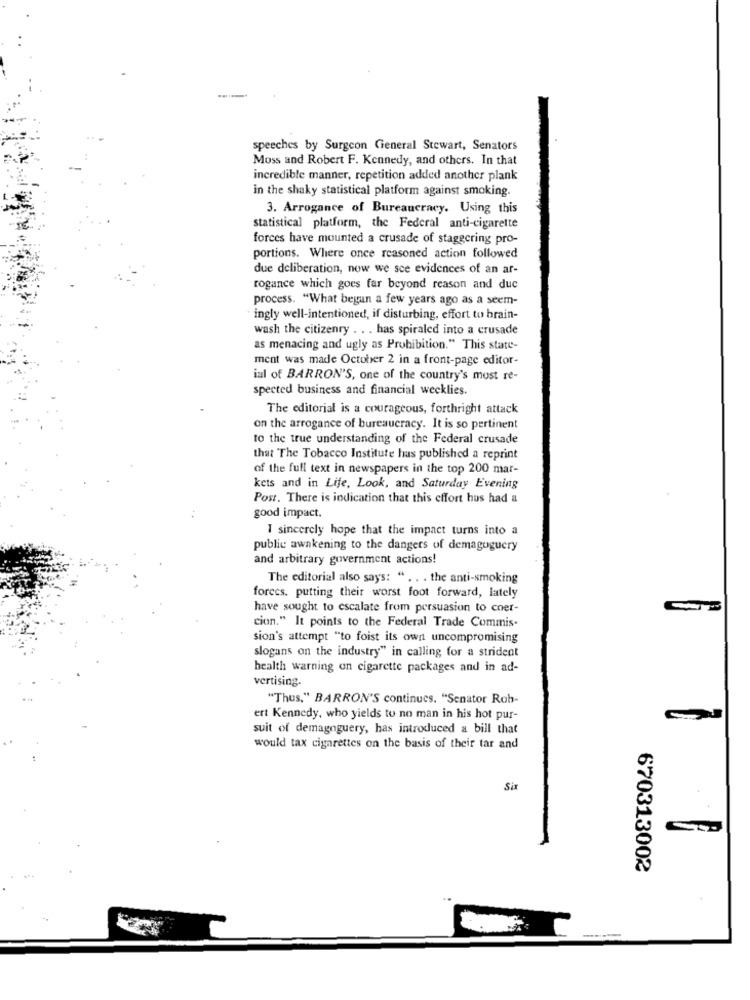
speeches by Surgeon General Stewart, Senators
Moss and Robert F. Kennedy, and others. In that
incredible manner, repetition added another plank
in the shaky statistical platform against smoking.
3. Arrogance of Bureaucracy. Using this
statistical platform, the Federal anti-cigarette
forces have mounted a crusade of staggering pro-
portions. Where once reasoned action followed
due deliberation, now we sce evidences of an ar-
rogance which goes far beyond reason and due
process. "What begun a few years ago as a seem-
ingly well-intentioned, if disturbing, effort to brain-
wash the citizenry . .. has spiraled into a crusade
as menacing and ugly as Prohibition." This state-
ment was made October 2 in a front-page editor-
ial of BARRON'S, one of the country's most re-
spected business and financial wecklies.
The editorial is a courageous, forthright attack
on the arrogance of bureaucracy. It is so pertinent
to the true understanding of the Federal crusade
that The Tobacco Institute has published a reprint
of the full text in newspapers in the top 200 mar-
kets and in Life, Look, and Saturday Evening
Post. There is indication that this cffort hus had a
good impact.
I sincerely hope that the impact turns into a
public awakening to the dangers of demagoguery
and arbitrary government actions!
The editorial also says: " . . . the anti-smoking
forces. putting their worst foot forward, lately
have sought to escalate from persuasion to coer-
cion." It points to the Federal Trade Commis-
sion's attempt "to foist its own uncompromising
slogans on the industry" in calling for a strident
health warning on cigarette packages and in ad-
vertising.
"Thus," BARRON'S continues. "Senator Rob-
ert Kennedy, who yields to no man in his hot pur-
suit of demagoguery, has introduced a bill that
would tax cigarettes on the basis of their tar and
Six
670313002